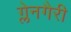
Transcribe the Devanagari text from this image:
ग्लेनगैरी